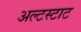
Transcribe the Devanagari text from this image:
अल्टस्टाट